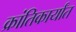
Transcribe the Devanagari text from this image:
क्रांतिकार्यांत